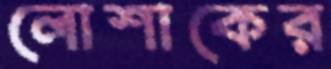
লোশাকের